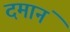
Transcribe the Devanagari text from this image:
दमानं